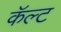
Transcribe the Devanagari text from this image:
कॅल्ट